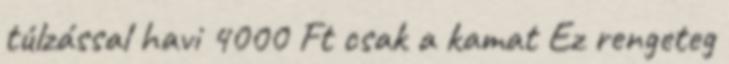
túlzással havi 4000 Ft csak a kamat Ez rengeteg